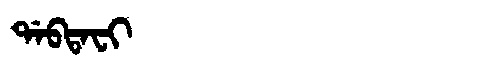
Manchu: ᡩᠠᠪᡨᠠᠸᡳ
Romanization: DABTAFI